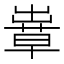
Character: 𦸶